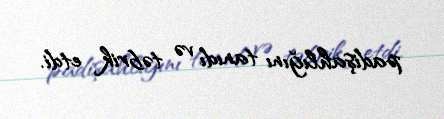
padişahlığını tanıdı və təbrik etdi.